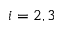
i = 2 , 3